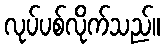
လုပ်ပစ်လိုက်သည်။